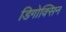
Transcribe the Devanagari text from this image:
डिगोक्सिन